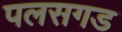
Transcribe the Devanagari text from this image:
पलसगड